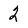
Character: 2